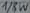
Text: 1/8W